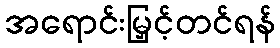
အရောင်းမြှင့်တင်ရန်